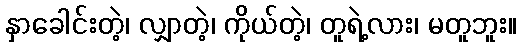
နှာခေါင်းတဲ့၊ လျှာတဲ့၊ ကိုယ်တဲ့၊ တူရဲ့လား၊ မတူဘူး။